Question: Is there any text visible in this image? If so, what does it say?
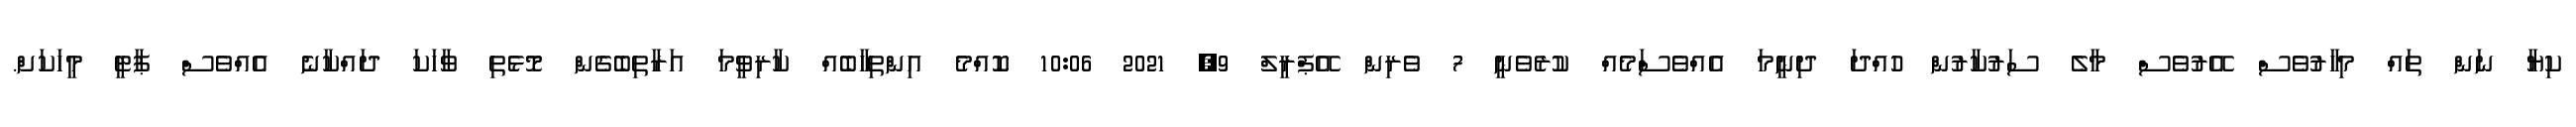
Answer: ކިޔާ ނަން ތައް މިހާރުވެސް އޭރުވެސް މާލެ ސަރުކާރުން ހުއްދަ ދިނީމަ އެއްވެސްަމެއް ކުރެވެނީ 7 ވެރިން އޭޕްރީލް 9, 2021 10:06 ކޮއްމެ އިންތިހާބެއް ކާރިވީމަ އަރާތިބެގެން މޮޅެތި ވާހަކަ ދައްކާނެ އެއްވެސް ޕާޓީ މީހަކަށް.